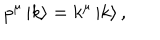
LaTeX: p ^ { \mu } \left| k \right> = k ^ { \mu } \left| k \right> ,